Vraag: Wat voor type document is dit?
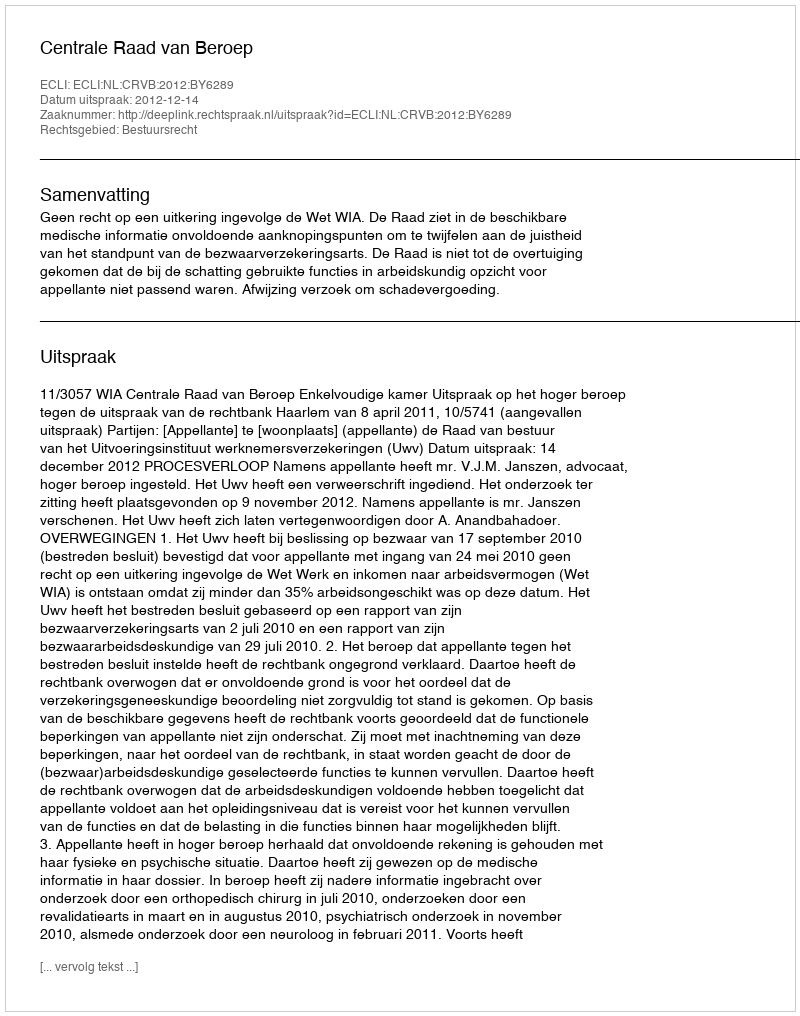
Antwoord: Uitspraak